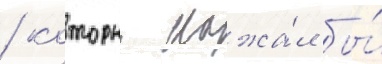
/ которыи нажа́л бы́